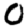
Digit: 0